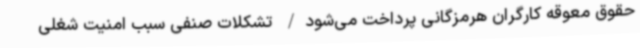
حقوق معوقه کارگران هرمزگانی پرداخت می‌شود/ تشکلات صنفی سبب امنیت شغلی